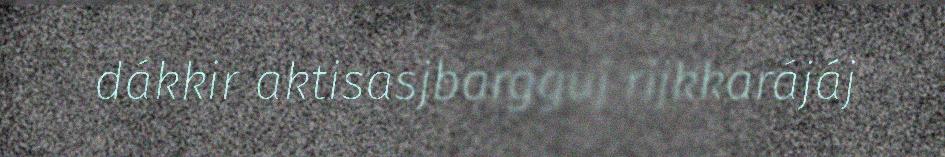
dákkir aktisasjbargguj rijkkarájáj